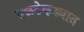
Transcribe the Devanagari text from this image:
तळटेकड्यात